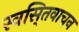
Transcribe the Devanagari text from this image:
स्वसि्तवाचन